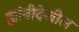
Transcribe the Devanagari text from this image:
ह्यांनीदेखील